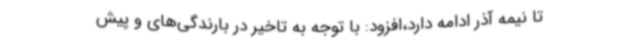
تا نیمه آذر ادامه دارد،افزود: با توجه به تاخیر در بارندگی‌های و پیش